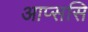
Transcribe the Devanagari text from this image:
आप्ससि